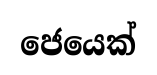
ජෙයෙක්